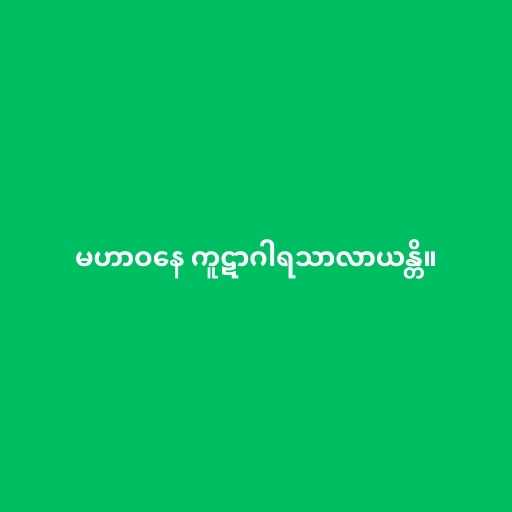
မဟာဝနေ ကူဋာဂါရသာလာယန္တိ။